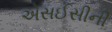
એસઈસીની